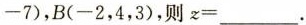
-7)，B(-2，4，3)，则z=___.